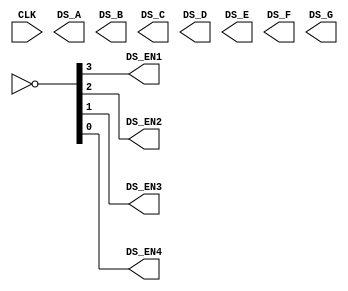
module top(
    input CLK,

    output DS_EN1, DS_EN2, DS_EN3, DS_EN4,
    output DS_A, DS_B, DS_C, DS_D, DS_E, DS_F, DS_G
);

wire [15:0]d = 16'hCAFE; /* Data to display */

wire [3:0]anodes;
assign {DS_EN1, DS_EN2, DS_EN3, DS_EN4} = ~anodes;

wire [6:0]segments;
assign {DS_A, DS_B, DS_C, DS_D, DS_E, DS_F, DS_G} = segments;

/*
*   Problem 1/7:
*   Make an instance of clock divider here.
*   Connect CLK to the input.
*/

/*
*   Problem 4/7:
*   Make an instance of hex display driver (hex_display) here.
*   Connect 'anodes', 'segments', 'data' to corresponding wires in current
*   module.
*/

endmodule